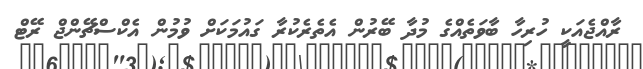
ރާއްޖެއަކީ ހުރިހާ ބާވަތެއްގެ މުދާ ބޭރުން އެތެރެކުރާ ގައުމަކަށް ވުމުން އެކްސްޗޭންޖް ރޭޓް